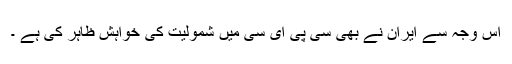
اس وجہ سے ایران نے بھی سی پی ای سی میں شمولیت کی خواہش ظاہر کی ہے ۔